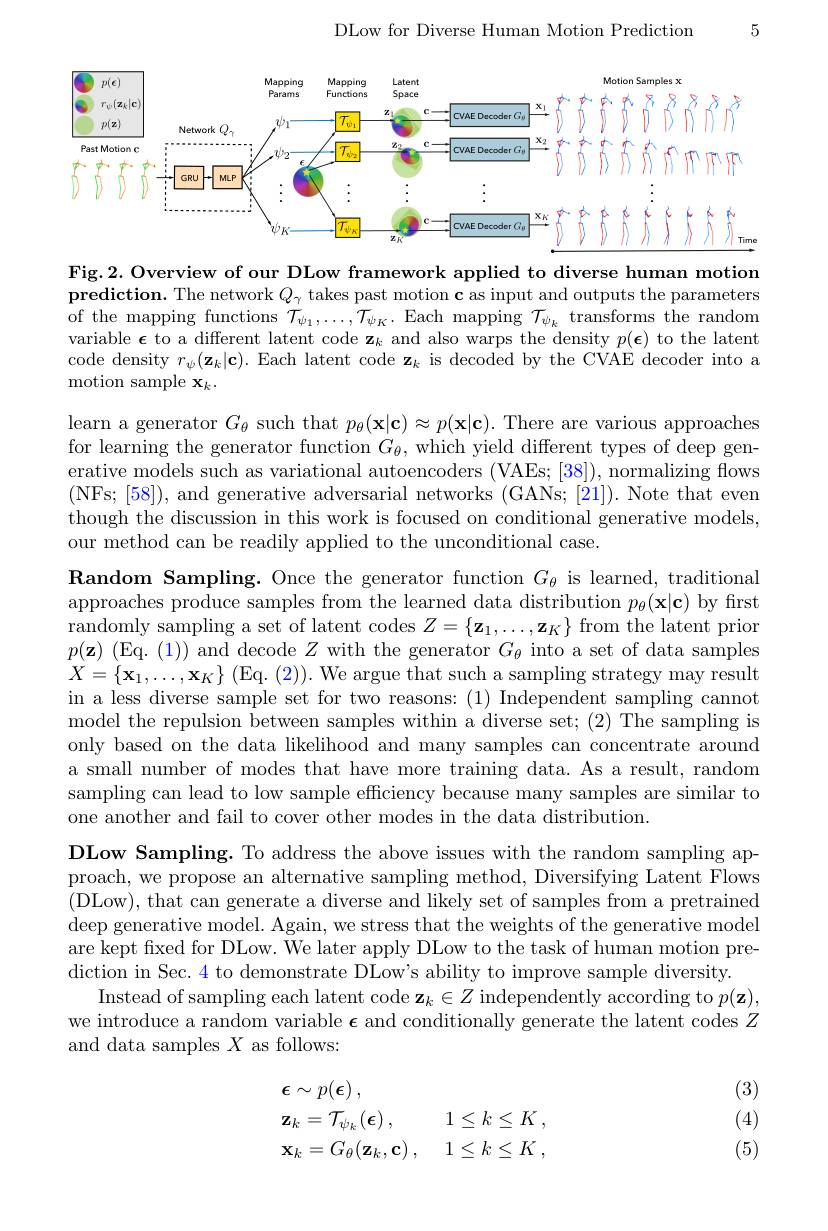
DLow for Diverse Human Motion Prediction

5

<FigureHere>

Fig.2. Overview of our DLow framework applied to diverse human motion prediction. The network $Q_{\gamma}$ takes past motion c as input and outputs the parameters of the mapping functions $\mathcal{T}_\psi_1,\ldots,\mathcal{T}_{\psi_K}.$ Each mapping $\mathcal{T}_\psi_k$ transforms the random variable $\epsilon$ to a different latent code z$_k$ and also warps the density $p(\boldsymbol{\epsilon})$ to the latent code density $r_\psi(\mathbf{z}_k|\mathbf{c}).$ Each latent code $\mathbf{z}_k$ is decoded by the CVAE decoder into a motion sample $\mathbf{x}_k.$

learn a generator $G_\theta$ such that $p_\theta(\mathbf{x}|\mathbf{c})\approx p(\mathbf{x}|\mathbf{c}).$ There are various approaches for learning the generator function $G_\theta$, which yield different types of deep generative models such as variational autoencoders (VAEs; [38]), normalizing flows (NFs; [58]), and generative adversarial networks (GANs; [21]). Note that even though the discussion in this work is focused on conditional generative models, our method can be readily applied to the unconditional case.

Random Sampling. Once the generator function $G_{\theta}$ is learned, traditional approaches produce samples from the learned data distribution $p_\theta(\mathbf{x}|\mathbf{c})$ by first randomly sampling a set of latent codes $Z=\{\mathbf{z}_1,\ldots,\mathbf{z}_K\}$ from the latent prior $p(\mathbf{z})$ (Eq. (1)) and decode $Z$ with the generator $G_\theta$ into a set of data samples $X=\{\mathbf{x}_{1},\ldots,\mathbf{x}_{K}\}~($Eq. $(2)).~$We argue that such a sampling strategy may result in a less diverse sample set for two reasons: (1) Independent sampling cannot model the repulsion between samples within a diverse set; (2) The sampling is only based on the data likelihood and many samples can concentrate around a small number of modes that have more training data. As a result, random sampling can lead to low sample efficiency because many samples are similar to one another and fail to cover other modes in the data distribution.
DLow Sampling. To address the above issues with the random sampling approach, we propose an alternative sampling method, Diversifying Latent Flows (DLow), that can generate a diverse and likely set of samples from a pretrained deep generative model. Again, we stress that the weights of the generative model are kept fixed for DLow. We later apply DLow to the task of human motion prediction in Sec. 4 to demonstrate DLow's ability to improve sample diversity.
Instead of sampling each latent code $\mathbf{z}_k\in Z$ independently according to $p(\mathbf{z})$, we introduce a random variable $\epsilon$ and conditionally generate the latent codes $Z$ and data samples $X$ as follows:

(3)

(4)
$$\begin{aligned}&\epsilon\sim p(\epsilon)\:,\\&\mathbf{z}_{k}=\mathcal{T}_{\psi_{k}}(\boldsymbol{\epsilon})\:,\quad1\leq k\leq K\:,\\&\mathbf{x}_{k}=G_{\theta}(\mathbf{z}_{k},\mathbf{c})\:,\quad1\leq k\leq K\:,\end{aligned}$$
(5)